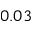
0 . 0 3